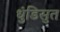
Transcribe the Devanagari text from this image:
धुंडिसुत